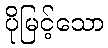
ပိုမြင့်သော